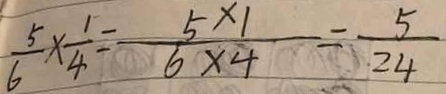
\frac { 5 } { 6 } \times \frac { 1 } { 4 } = \frac { 5 \times 1 } { 6 \times 4 } = \frac { 5 } { 2 4 }